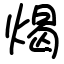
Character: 㷎